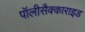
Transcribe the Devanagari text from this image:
पॉलीसैक्काराइड